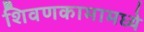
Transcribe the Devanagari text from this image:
शिवणकामामध्ये